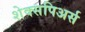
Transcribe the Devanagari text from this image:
शेक्सपिअर्स